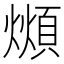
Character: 𪹺